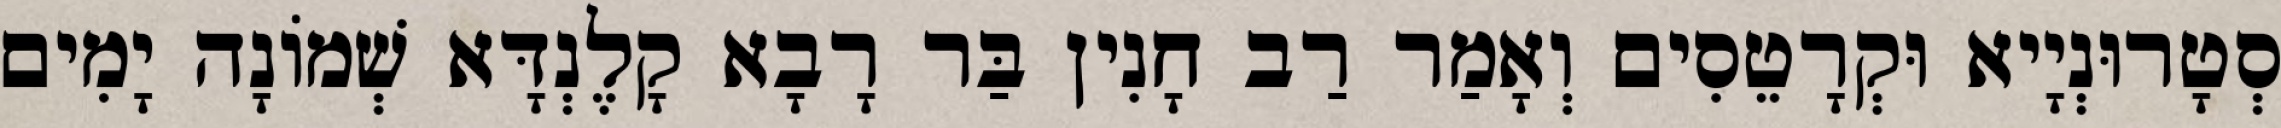
סְטָרוּנְיָיא וּקְרָטֵסִים וְאָמַר רַב חָנִין בַּר רָבָא קָלֶנְדָּא שְׁמוֹנָה יָמִים